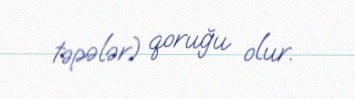
təpələr) qoruğu olur.